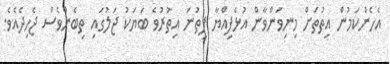
އެހެންކަމުން އިތުތަށް މިނިވަންވާން އުޅެފިއްޔާ ފިތުނަ އިތުރުވެ ބަޔަކު ޖަލުގައި ތިބެންވެސް ޖެހިދެއެވެ.